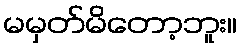
မမှတ်မိတော့ဘူး။